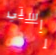
راستي